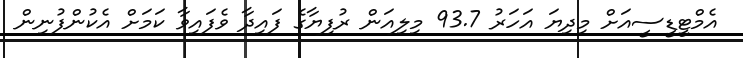
އެމްޓީޑީސީއަށް މިދިޔަ އަހަރު 93.7 މިލިއަން ރުފިޔާގެ ފައިދާ ވެފައިވާ ކަމަށް އެކުންފުނިން